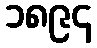
၁၈၉၄